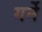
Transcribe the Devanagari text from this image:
गर्ने